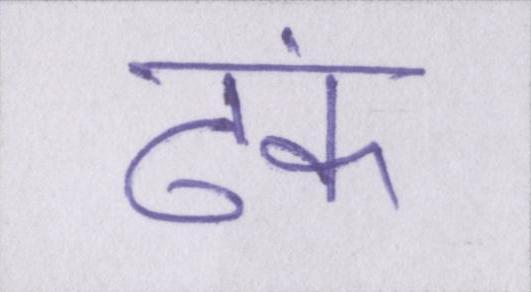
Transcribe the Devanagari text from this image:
ढंक